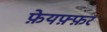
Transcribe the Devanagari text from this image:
फ़ेयफ़्फ़र